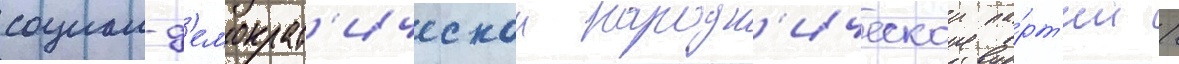
социал-д'емократ'ическои народн'ическои па́рт'ии /